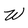
Character: W